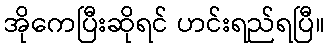
အိုကေပြီးဆိုရင် ဟင်းရည်ရပြီ။